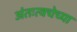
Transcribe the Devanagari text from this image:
अंतःत्वचेच्या